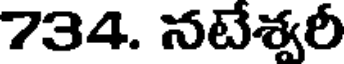
734. నటేశ్వరీ